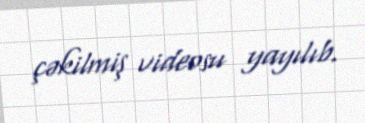
çəkilmiş videosu yayılıb.